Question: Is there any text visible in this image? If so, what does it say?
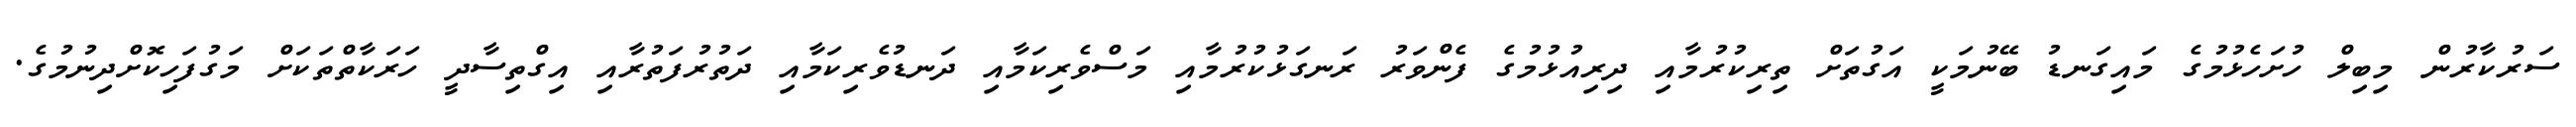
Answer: ސަރުކާރުން މިބިލް ހުށަހެޅުމުގެ މައިގަނޑު ބޭނުމަކީ އަގުތަށް ތިރިކުރުމާއި ދިރިއުޅުމުގެ ފެންވަރު ރަނގަޅުކުރުމާއި މަސްވެރިކަމާއި ދަނޑުވެރިކަމާއި ދަތުރުފަތުރާއި އިގްތިސާދީ ހަރަކާތްތަކަށް މަގުފަހިކޮށްދިނުމުގެ.